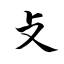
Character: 攴